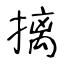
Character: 摛